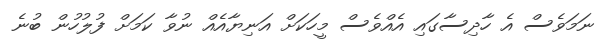
ނަމަވެސް އެ ހާދިސާގައި އެއްވެސް މީހަކަށް އަނިޔާއެއް ނުވާ ކަމަށް ފުލުހުން ބުނެ